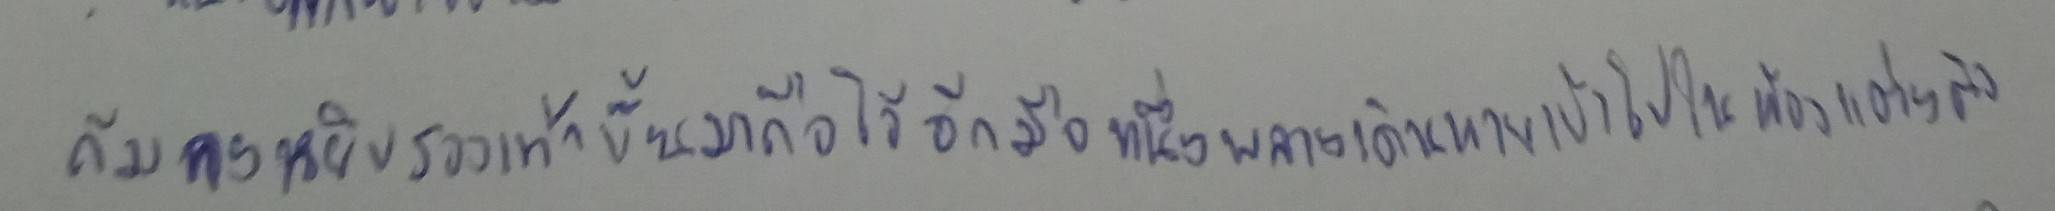
ก้มลงหยิบรองเท้าขึ้นมาถือไว้อีกมือหนึ่งพลางเดินหายเข้าไปในห้องแต่งตัว